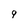
Character: g